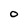
Character: O